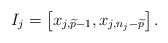
\begin{align*}I_j = \left[x_{j,\widetilde{p}-1},x_{j,n_j-\widetilde{p}}\right].\end{align*}